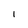
Character: l